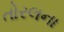
તોરલના